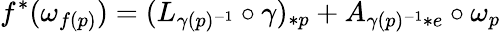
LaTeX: f^{*}(\omega_{f(p)})=(L_{\gamma(p)^{-1}}\circ\gamma)_{*p}+A_{\gamma(p)^{-1}*e}\circ\omega_{p}